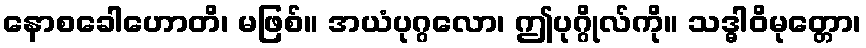
နောစခေါဟောတိ၊ မဖြစ်။ အယံပုဂ္ဂလော၊ ဤပုဂ္ဂိုလ်ကို။ သဒ္ဓါဝိမုတ္တော၊